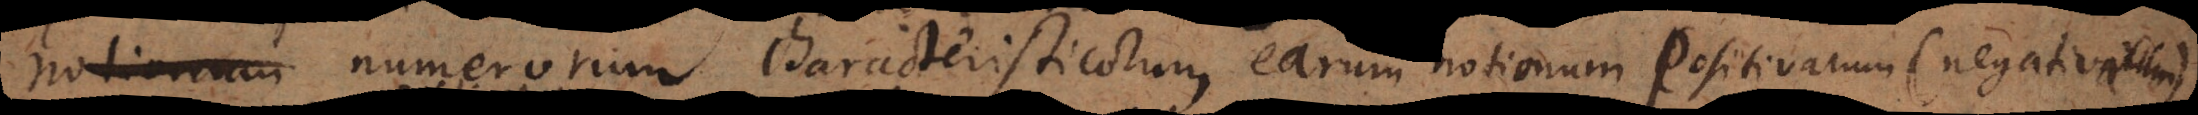
notionum numerorum characteristicorum earum notionum positivarum v